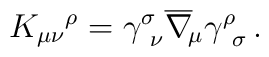
K_{\mu\nu}{^\rho} = \gamma^\sigma_{\ \nu}\overline\nabla_{\!\mu}\gamma^\rho_{\ \sigma} \, .